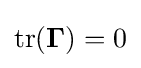
{\rm {tr}}(\mathbf {\Gamma } )=0